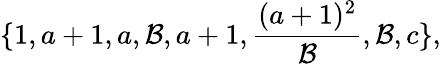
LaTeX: \{ 1,a+1,a,\mathcal{B},a+1,\frac{{(a+1)^{2}}}{{\mathcal{B}}},\mathcal{B},c\} ,